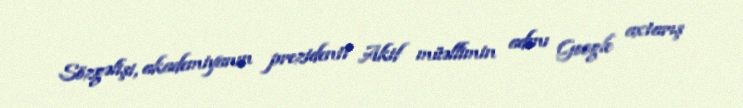
Sözgəlişi, akademiyanın prezidenti Akif müəllimin adını Google axtarış